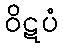
ဝိဋပံ